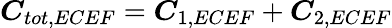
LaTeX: \boldsymbol{C}_{tot,ECEF}=\boldsymbol{C}_{1,ECEF}+\boldsymbol{C}_{2,ECEF}